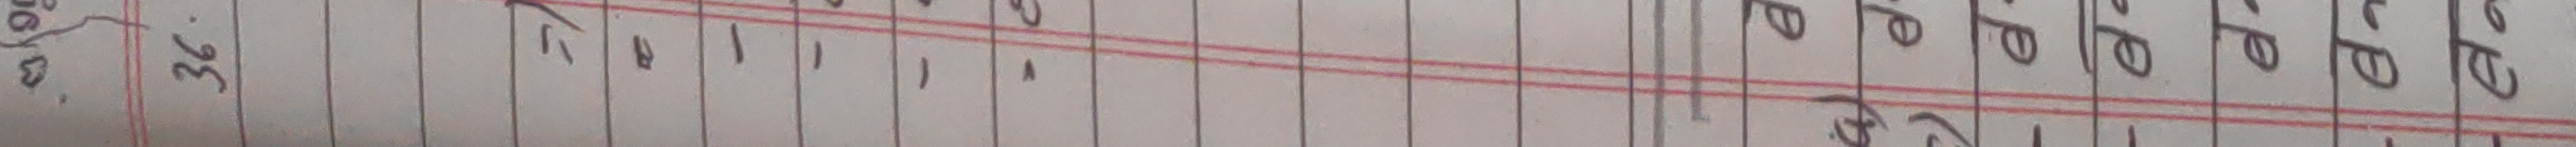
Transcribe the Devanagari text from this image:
२. ३६ । १ । १ । ४ णेते णेते णेते णेते णेरे णेपे